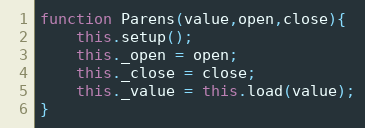
Language: JavaScript
function Parens(value,open,close){
	this.setup();
	this._open = open;
	this._close = close;
	this._value = this.load(value);
}